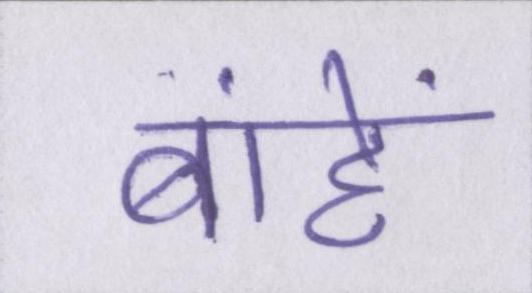
बांहें